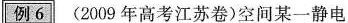
例6 (2009年高考江苏卷)空间某一静电